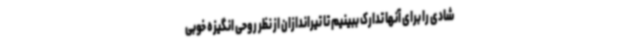
شادی را برای آنها تدارک ببینیم تا تیراندازان از نظر روحی انگیزه خوبی